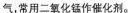
氧气，常用二氧化锰作催化剂。